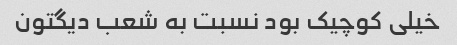
خیلی کوچیک بود نسبت به شعب دیگتون